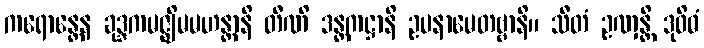
ကရောန္တေန ခုဒ္ဒကမဇ္ဈိမမဟန္တာနိ တီဏိ ဒန္တကဋ္ဌာနိ ဥပနာမေတဗ္ဗာနိ။ သီတံ ဥဏှန္တိ ဒုဝိဓံ